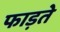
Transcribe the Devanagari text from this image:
फाड़ते